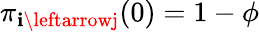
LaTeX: \pi_{\mathbf{i}\leftarrowj}(0)=1-\phi